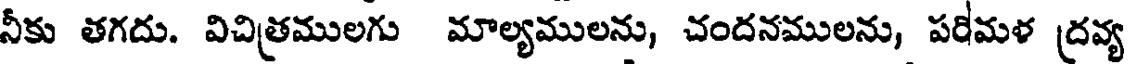
నీకు తగదు. విచిత్రములగు మాల్యములను, చందనములను, పరిమళ ద్రవ్య